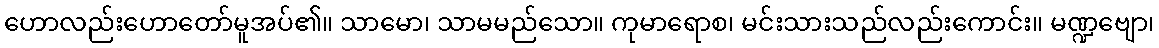
ဟောလည်းဟောတော်မူအပ်၏။ သာမော၊ သာမမည်သော။ ကုမာရောစ၊ မင်းသားသည်လည်းကောင်း။ မဏ္ဍဗျော၊